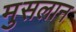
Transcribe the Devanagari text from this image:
मुसलान